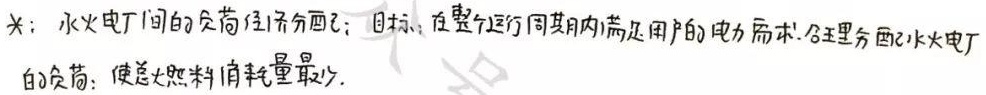
关：水火电厂间的负荷经济分配；目标：在整个运行周期内满足用户的电力需求，合理分配水火电厂的负荷，使总燃料消耗量最少。